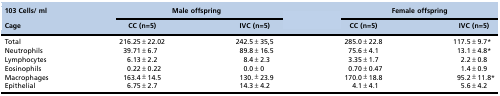
| 103 Cells/ ml | <COLSPAN=2> Male offspring | <COLSPAN=2> Female offspring |
 | Cage | CC (n=5) | IVC (n=5) | CC (n=5) | IVC (n=5) |
 | --- | --- | --- | --- | --- |
 | Total | 216.25±22.02 | 242.5±35,5 | 285.0±22.8 | 117.5±9.7* |
 | Neutrophils | 39.71±6.7 | 89.8±16.5 | 75.6±4.1 | 13.1±4.8* |
 | Lymphocytes | 6.13±2.2 | 8.4±2.3 | 3.35±1.7 | 2.2±0.8 |
 | Eosinophils | 0.22±0.22 | 0.0±0 | 0.70±0.47 | 1.4±0.9 |
 | Macrophages | 163.4±14.5 | 130.±23.9 | 170.0±18.8 | 95.2±11.8* |
 | Epithelial | 6.75±2.7 | 14.3±4.2 | 4.1±4.1 | 5.6±4.2 |